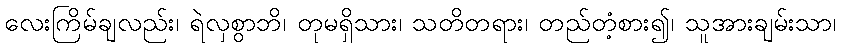
လေးကြိမ်ချလည်း၊ ရဲလှစွာဘိ၊ တုမရှိသား၊ သတိတရား၊ တည်တံ့စား၍၊ သူအားချမ်းသာ၊